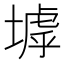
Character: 㙤